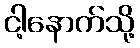
ငါ့နောက်သို့